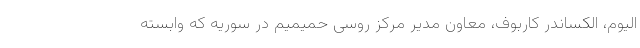
الیوم، الکساندر کاربوف، معاون مدیر مرکز روسی حمیمیم در سوریه که وابسته